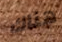
هناك